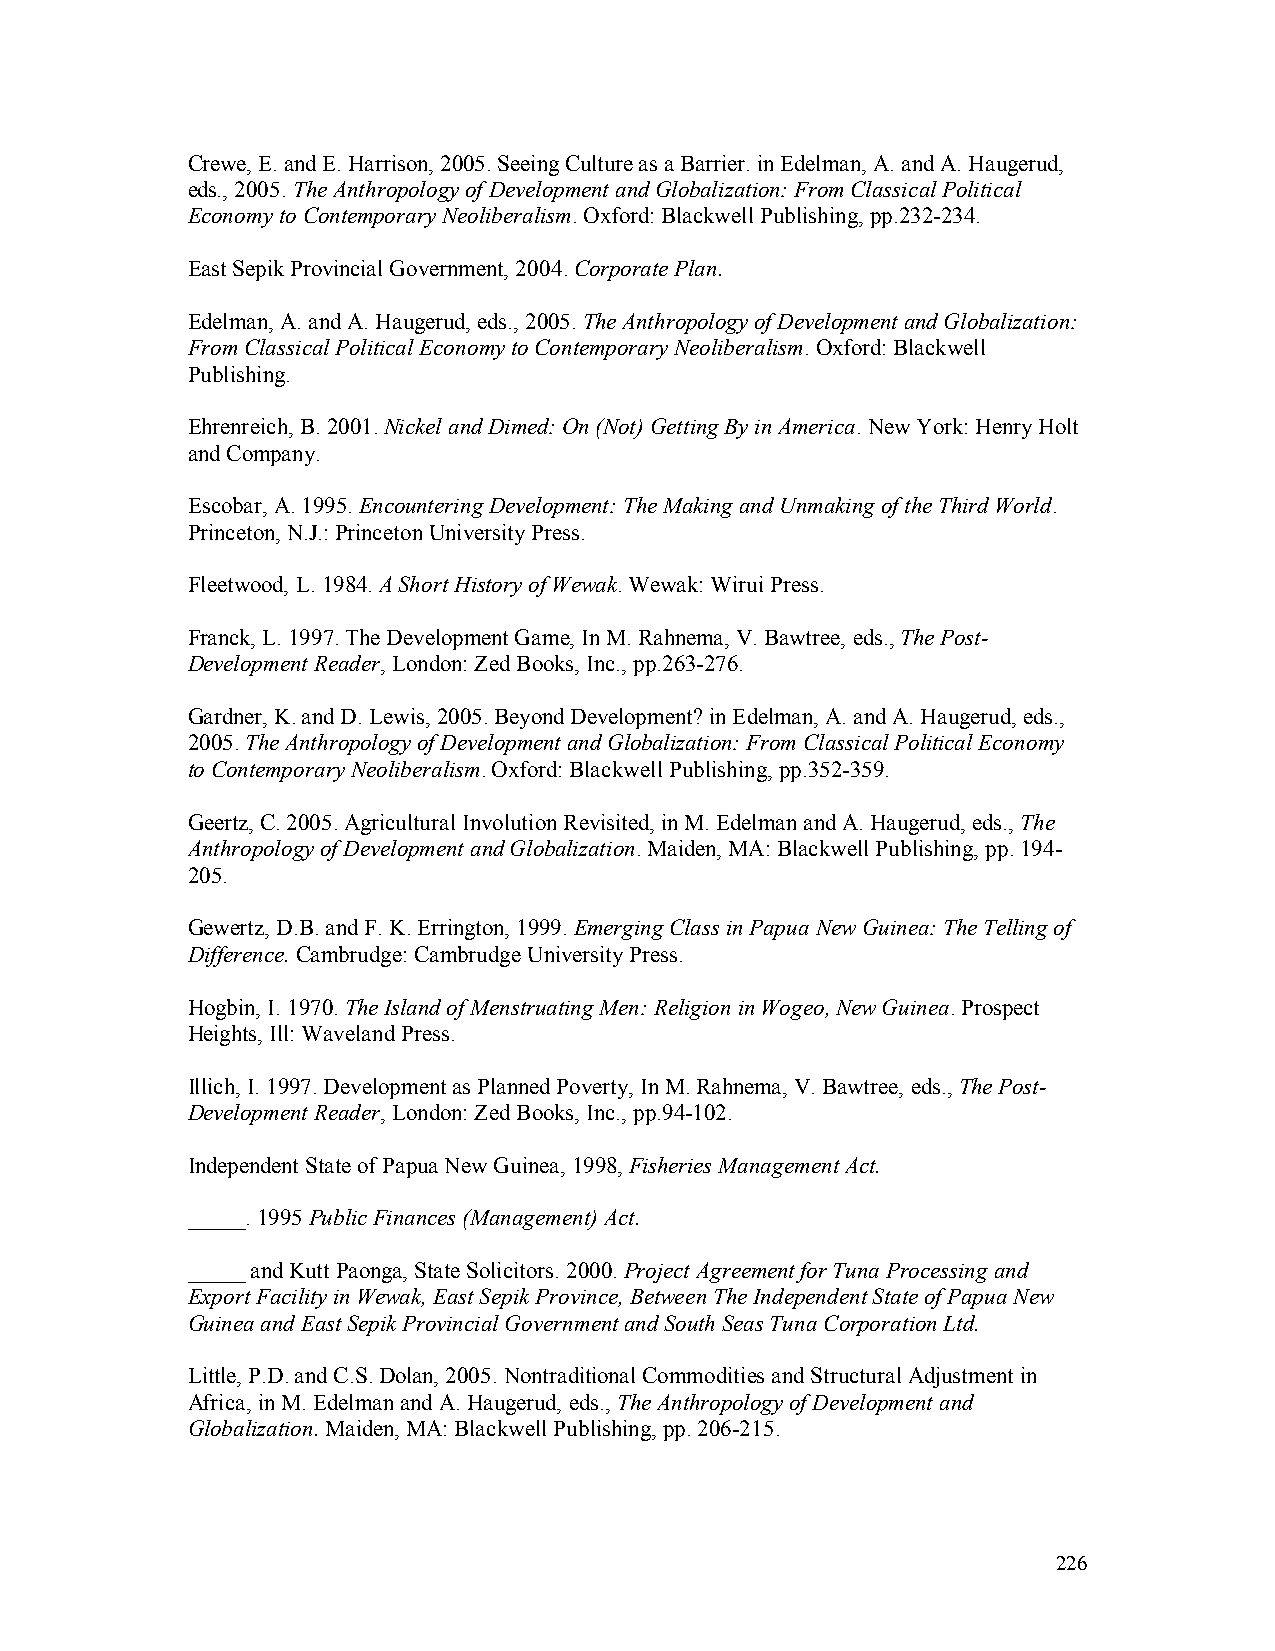
Crewe, E. and E. Harrison, 2005. Seeing Culture as a Barrier. in Edelman, A. and A. Haugerud,
 eds., 2005. The Anthropology of Development and Globalization: From Classical Political
 Economy to Contemporary Neoliberalism. Oxford: Blackwell Publishing, pp.232-234.
 East Sepik Provincial Government, 2004. Corporate Plan.
 Edelman, A. and A. Haugerud, eds., 2005. The Anthropology of Development and Globalization:
 From Classical Political Economy to Contemporary Neoliberalism. Oxford: Blackwell
 Publishing.
 Ehrenreich, B. 2001. Nickel and Dimed: On (Not) Getting By in America. New York: Henry Holt
 and Company.
 Escobar, A. 1995. Encountering Development: The Making and Unmaking of the Third World.
 Princeton, N.J.: Princeton University Press.
 Fleetwood, L. 1984. A Short History of Wewak. Wewak: Wirui Press.
 Franck, L. 1997. The Development Game, In M. Rahnema, V. Bawtree, eds., The Post-
 Development Reader, London: Zed Books, Inc., pp.263-276.
 Gardner, K. and D. Lewis, 2005. Beyond Development? in Edelman, A. and A. Haugerud, eds.,
 2005. The Anthropology of Development and Globalization: From Classical Political Economy
 to Contemporary Neoliberalism. Oxford: Blackwell Publishing, pp.352-359.
 Geertz, C. 2005. Agricultural Involution Revisited, in M. Edelman and A. Haugerud, eds., The
 Anthropology of Development and Globalization. Maiden, MA: Blackwell Publishing, pp. 194-
 205.
 Gewertz, D.B. and F. K. Errington, 1999. Emerging Class in Papua New Guinea: The Telling of
 Difference. Cambrudge: Cambrudge University Press.
 Hogbin, I. 1970. The Island of Menstruating Men: Religion in Wogeo, New Guinea. Prospect
 Heights, Ill: Waveland Press.
 Illich, I. 1997. Development as Planned Poverty, In M. Rahnema, V. Bawtree, eds., The Post-
 Development Reader, London: Zed Books, Inc., pp.94-102.
 Independent State of Papua New Guinea, 1998, Fisheries Management Act.
 _____. 1995 Public Finances (Management) Act.
 _____ and Kutt Paonga, State Solicitors. 2000. Project Agreement for Tuna Processing and
 Export Facility in Wewak, East Sepik Province, Between The Independent State of Papua New
 Guinea and East Sepik Provincial Government and South Seas Tuna Corporation Ltd.
 Little, P.D. and C.S. Dolan, 2005. Nontraditional Commodities and Structural Adjustment in
 Africa, in M. Edelman and A. Haugerud, eds., The Anthropology of Development and
 Globalization. Maiden, MA: Blackwell Publishing, pp. 206-215.
 226